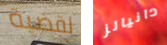
لقضية دانيالز